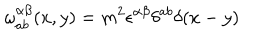
\omega _ { a b } ^ { \alpha \beta } ( x , y ) = m ^ { 2 } \epsilon ^ { \alpha \beta } \delta ^ { a b } \delta ( x - y )